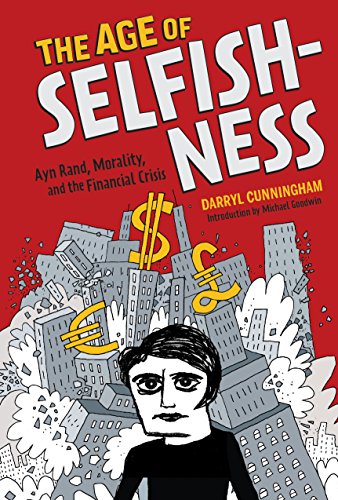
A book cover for The Age of Selfishness: Ayn Rand, Morality, and the Financial Crisis; Darryl Cunningham; Comics & Graphic Novels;